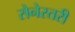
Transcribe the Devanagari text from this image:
सेनेस्तरी